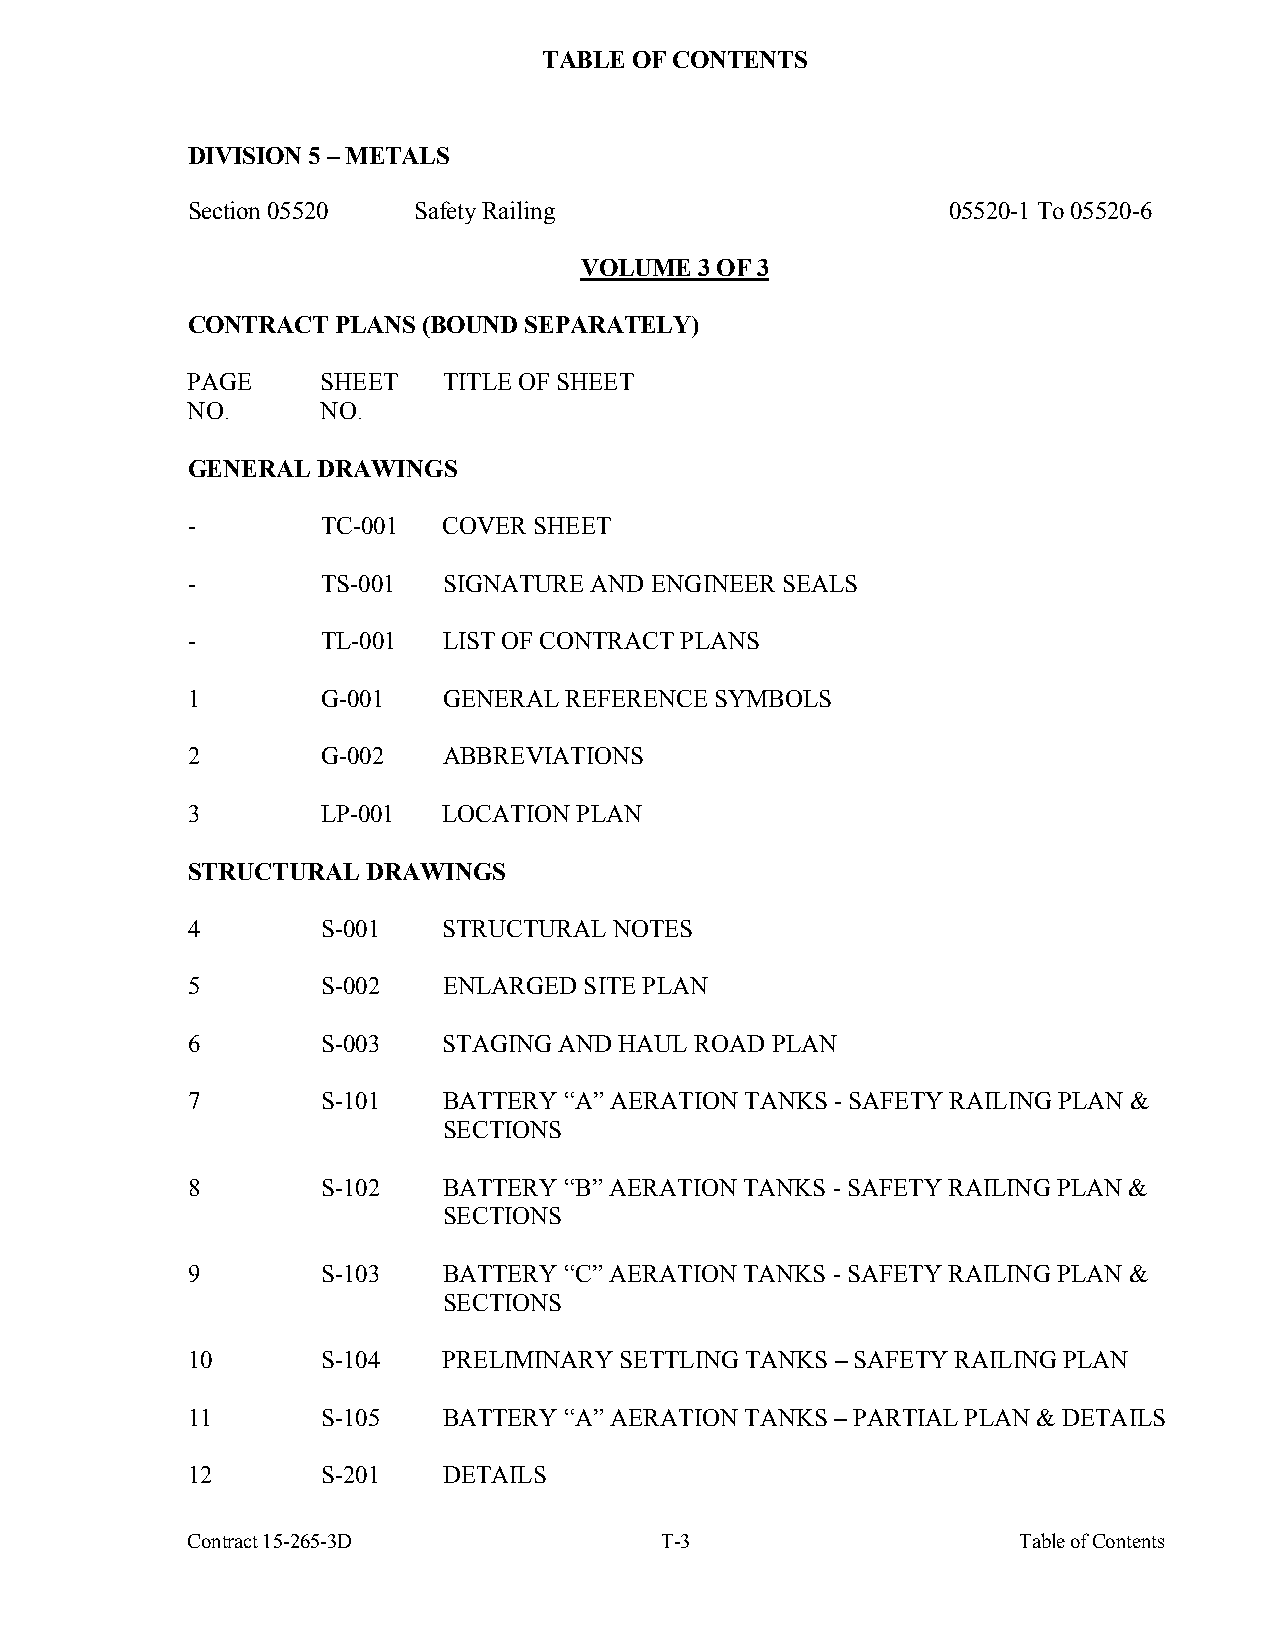
TABLE OF CONTENTS
 DIVISION 5 – METALS
 Section 05520  Safety Railing                      05520-1 To 05520-6
 VOLUME  3 OF 3
 CONTRACT  PLANS (BOUND SEPARATELY)
 PAGE     SHEET   TITLE OF SHEET
 NO.      NO.
 GENERAL  DRAWINGS
 -        TC-001  COVER SHEET
 -        TS-001  SIGNATURE AND ENGINEER SEALS
 -        TL-001  LIST OF CONTRACT PLANS
 1        G-001   GENERAL REFERENCE SYMBOLS
 2        G-002   ABBREVIATIONS
 3        LP-001  LOCATION PLAN
 STRUCTURAL  DRAWINGS
 4        S-001   STRUCTURAL  NOTES
 5        S-002   ENLARGED  SITE PLAN
 6        S-003   STAGING AND HAUL ROAD PLAN
 7        S-101   BATTERY “A” AERATION TANKS - SAFETY RAILING PLAN &
 SECTIONS
 8        S-102   BATTERY “B” AERATION TANKS - SAFETY RAILING PLAN &
 SECTIONS
 9        S-103   BATTERY “C” AERATION TANKS - SAFETY RAILING PLAN &
 SECTIONS
 10       S-104   PRELIMINARY SETTLING TANKS – SAFETY RAILING PLAN
 11       S-105   BATTERY “A” AERATION TANKS – PARTIAL PLAN & DETAILS
 12       S-201   DETAILS
 Contract 15-265-3D              T-3                    Table of Contents